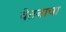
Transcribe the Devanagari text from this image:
वेतनाचा